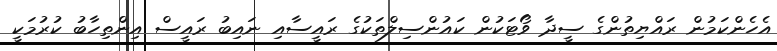
އެހެންކަމުން ރައްޔިތުންގެ ސީދާ ވޯޓަކުން ކައުންސިލްތަކުގެ ރައީސާއި ނައިބު ރައީސް އިންތިހާބު ކުރުމަކީ